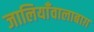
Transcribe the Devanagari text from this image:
जालियाँवालाबाग़